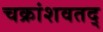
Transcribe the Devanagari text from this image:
चक्रांशवतद्